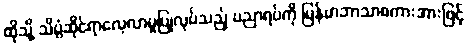
ထိုသို့ သိပ္ပံဆိုင်ရာလေ့လာမှုပြုလုပ်သည့် ပညာရပ်ကို မြန်မာဘာသာစကားအားဖြင့်